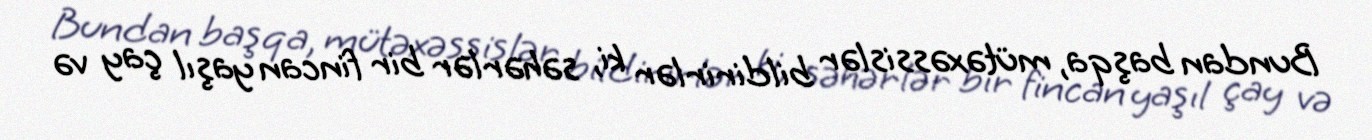
Bundan başqa, mütəxəssislər bildirirlər ki, səhərlər bir fincan yaşıl çay və